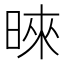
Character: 𪰪